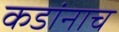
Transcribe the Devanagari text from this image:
कडांनाच